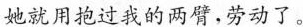
她就用抱过我的两臂，劳动了。